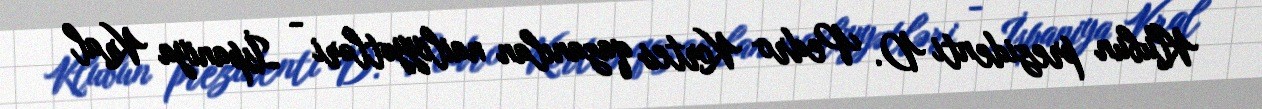
Klubun prezidenti D. Pedro Kortes qazanılan nailiyyətləri - İspaniya Kral